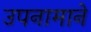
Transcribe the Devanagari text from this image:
उपनामाने